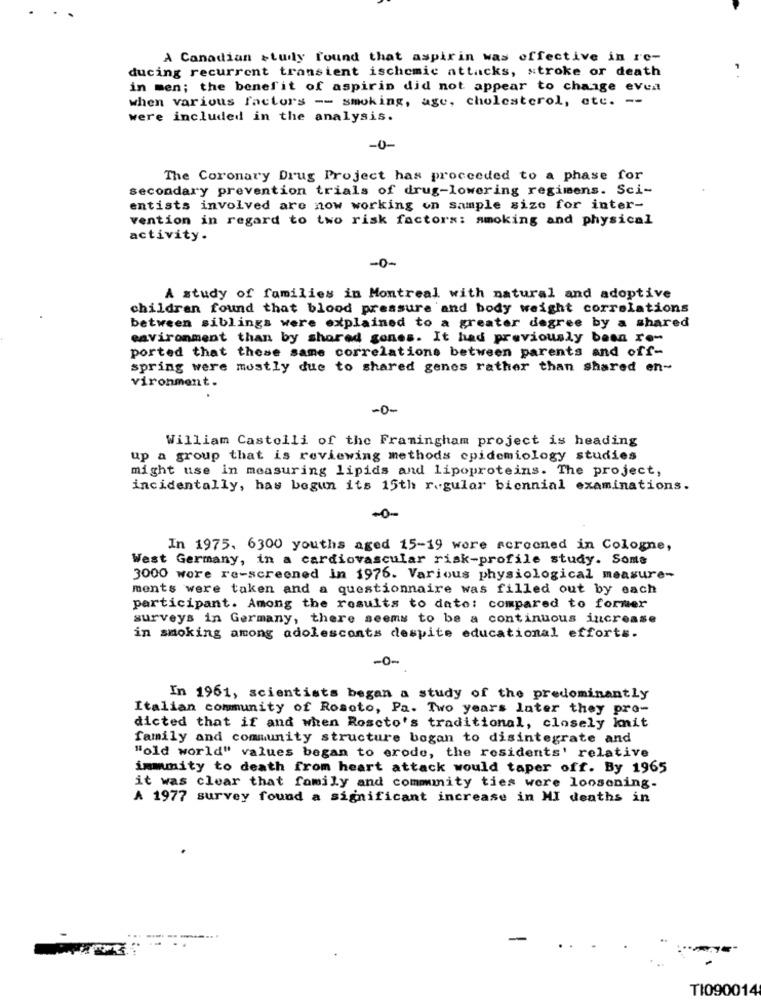
A Canadian study found that aspirin was effective in re-
ducing recurrent transient ischemic attacks, stroke or death
in men; the benefit of aspirin did not appear to change even
when various factors -- smoking, age, cholesterol, etc. --
were included in the analysis.
-0-
The Coronary Drug Project has proceeded to a phase for
secondary prevention trials of drug-lowering regimens. Sci-
entists involved are now working on sample size for inter-
vention in regard to two risk factors: smoking and physical
activity.
-0-
A study of families in Montreal with natural and adoptive
children found that blood pressure and body weight correlations
between siblings were explained to a greater degree by a shared
environment than by shared gones. It had previously been re-
ported that these same correlations between parents and off-
spring were mostly due to shared genes rather than shared en-
vironment.
-O-
William Castelli of the Framingham project is heading
up a group that is reviewing methods epidemiology studies
might use in measuring lipids and lipoproteins. The project,
incidentally, has begun its 15th r.gular biennial examinations.
-0-
In 1975. 6300 youths aged 15-19 were scrooned in Cologne,
West Germany, in a cardiovascular risk-profile study. Some
3000 wore re-screened in 1976. Various physiological measure-
ments were taken and a questionnaire was filled out by each
participant. Among the results to date: compared to former
surveys in Germany, there seems to be a continuous increase
in smoking among adolesconts despite educational efforts.
-0-
In 1961, scientists began a study of the predominantly
Italian community of Rosoto, Pa. Two years later they pro-
dicted that if and when Roscto's traditional, closely knit
family and community structure bogan to disintegrate and
"old world" values began to erode, the residents' relative
immmity to death from heart attack would taper off. By 1965
it was clear that family and community ties were loosening.
A 1977 survey found a significant increase in MI deaths in
TI090014